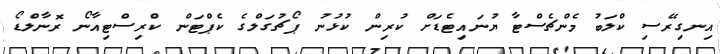
އިނގިރޭސި ކްލަބު މެންޗެސްޓާ ޔުނައިޓެޑަށް ކުރިން ކުޅުނު ޕޯޗުގަލްގެ ކެޕްޓަން ކްރިސްޓިއާނޯ ރޮނާލްޑޯ